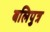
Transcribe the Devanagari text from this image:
बलिपुत्र